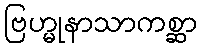
ဗြဟ္မုနာသာကစ္ဆာ